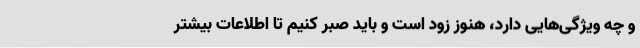
و چه ویژگی‌هایی دارد، هنوز زود است و باید صبر کنیم تا اطلاعات بیشتر